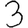
Digit: 3